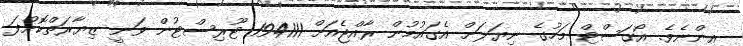
އިންނެވެ. އޯގަސްޓް މަހުގެ ނިޔަލަށް އެގައުމުން ރާއްޖެއަށް 194111 ޓޫރިސްޓުން ވަނީ ޒިޔާރަތްކޮށްފަ